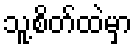
သူ့စိတ်ထဲမှာ